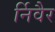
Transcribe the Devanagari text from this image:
र्निवैर